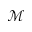
\mathcal { M }